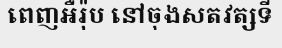
ពេញអឺរ៉ុប នៅចុងសតវត្សទី